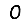
Digit: 0